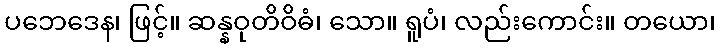
ပဘေဒေန၊ ဖြင့်။ ဆန္နဝုတိဝိဓံ၊ သော။ ရူပံ၊ လည်းကောင်း။ တယော၊